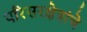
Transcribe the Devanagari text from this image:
परिसरक्षेत्रांचे